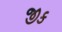
જીક